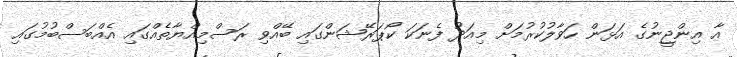
އާ އިންޖީނުގެ އަޅަން ހަވާލުކުރުމަށް މިއަދު ފެނަކަ ކޯޕަރޭޝަންގައި ބޭއްވި ރަސްމިއްޔާތެއްގައި އެއްބަސްބުމުގައި